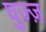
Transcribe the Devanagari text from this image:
घुज्ज़